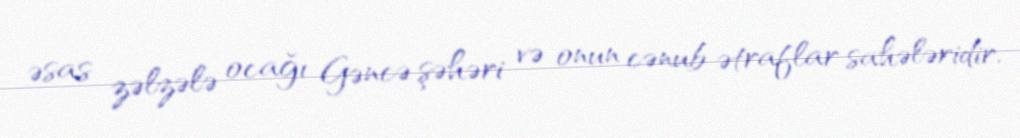
əsas zəlzələ ocağı Gəncə şəhəri və onun cənub ətraflar sahələridir.